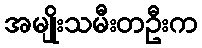
အမျိုးသမီးတဦးက